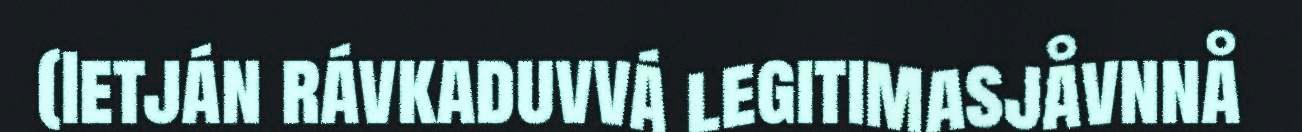
(Ietján rávkaduvvá legitimasjåvnnå